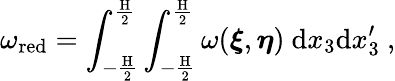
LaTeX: \omega_{\textup{red}}=\int_{-\frac{\textup{H}}{2}}^{\frac{\textup{H}}{2}}\int_{-\frac{\textup{\textup{H}}}{2}}^{\frac{\textup{H}}{2}}\omega(\boldsymbol{\xi},\boldsymbol{\eta})\ \textup{d}x_{3}\textup{d}x_{3}^{\prime}\ ,